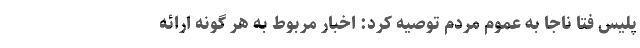
پلیس فتا ناجا به عموم مردم توصیه کرد: اخبار مربوط به هر گونه ارائه